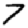
Digit: 7